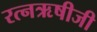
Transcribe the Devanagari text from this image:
रत्नऋषीजी